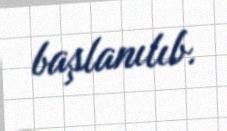
başlanılıb.